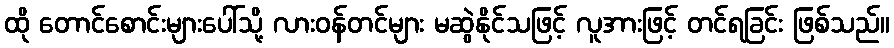
ထို တောင်စောင်းများပေါ်သို့ လားဝန်တင်များ မဆွဲနိုင်သဖြင့် လူအားဖြင့် တင်ရခြင်း ဖြစ်သည်။